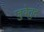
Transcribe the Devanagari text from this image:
जुवेतुद